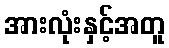
အားလုံးနှင့်အတူ